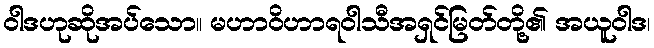
ဝါဒဟုဆိုအပ်သော။ မဟာဝိဟာရဝါသီအရှင်မြတ်တို့၏ အယူဝါဒ၊